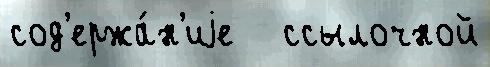
сод'ержа́н'иjе   ссылочной